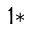
^ { 1 \ast }